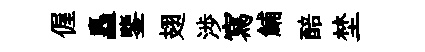
偓矗鑒翅渉寫鯆醅埜